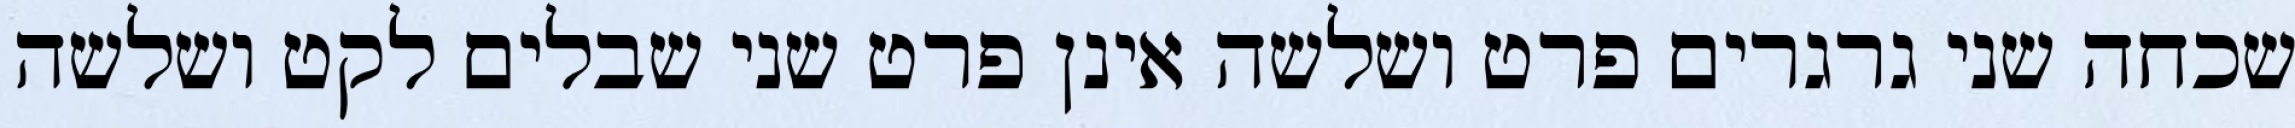
שכחה שני גרגרים פרט ושלשה אינן פרט שני שבלים לקט ושלשה